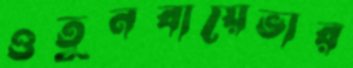
ওতুনবায়েভার